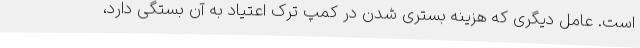
است. عامل دیگری که هزینه بستری شدن در کمپ ترک اعتیاد به آن بستگی دارد،